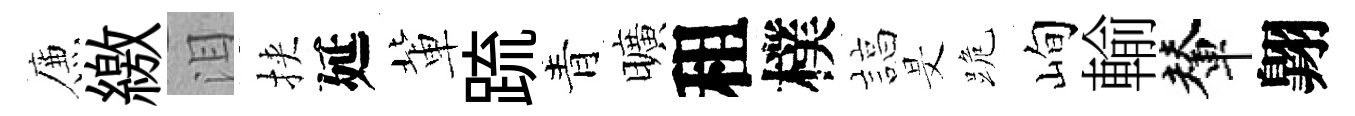
簾繳泪挾延軰䟽青曠租樸諄旻跪峋輸輦翺